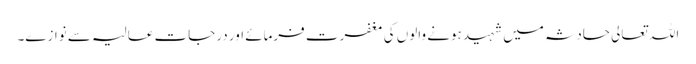
اللہ تعالی حادثہ میں شہید ہونے والوں کی مغفرت فرمائے اور درجاتِ عالیہ سے نوازے۔